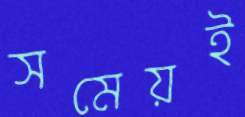
সমেয়ই